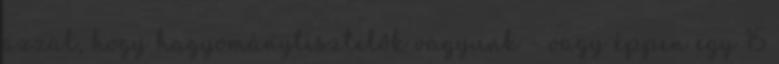
azzal, hogy hagyománytisztelők vagyunk – vagy éppen egy 15